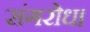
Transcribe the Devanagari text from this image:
संगरोध।